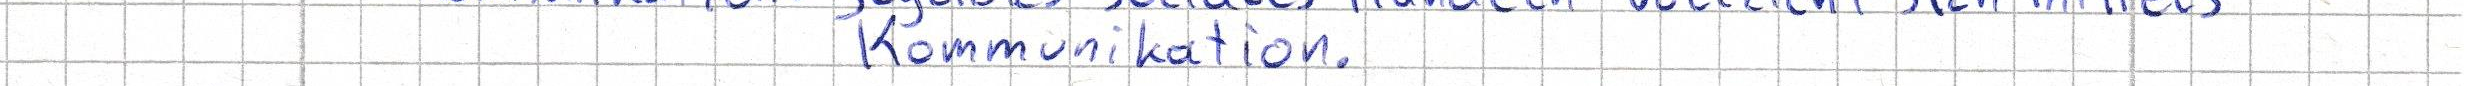
Kommunikation.